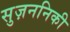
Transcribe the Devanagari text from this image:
सुज़ननिकी